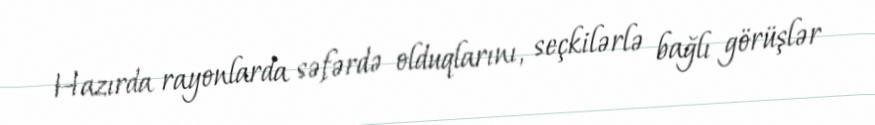
Hazırda rayonlarda səfərdə olduqlarını, seçkilərlə bağlı görüşlər